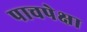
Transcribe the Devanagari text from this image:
पाचपेक्षा